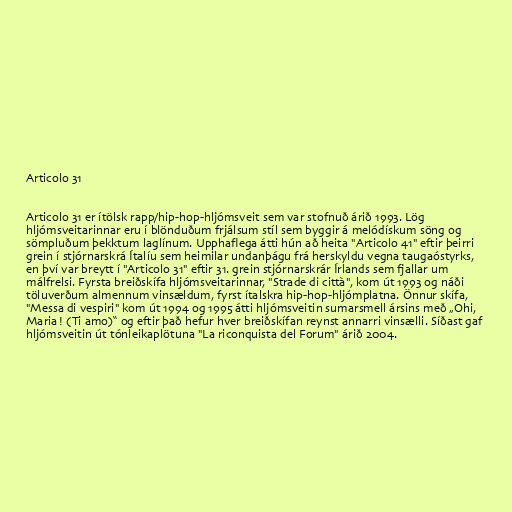
Articolo 31

Articolo 31 er ítölsk rapp/hip-hop-hljómsveit sem var stofnuð árið 1993. Lög
hljómsveitarinnar eru í blönduðum frjálsum stíl sem byggir á melódískum söng og
sömpluðum þekktum laglínum. Upphaflega átti hún að heita "Articolo 41" eftir þeirri
grein í stjórnarskrá Ítalíu sem heimilar undanþágu frá herskyldu vegna taugaóstyrks,
en því var breytt í "Articolo 31" eftir 31. grein stjórnarskrár Írlands sem fjallar um
málfrelsi. Fyrsta breiðskífa hljómsveitarinnar, "Strade di città", kom út 1993 og náði
töluverðum almennum vinsældum, fyrst ítalskra hip-hop-hljómplatna. Önnur skífa,
"Messa di vespiri" kom út 1994 og 1995 átti hljómsveitin sumarsmell ársins með „Ohi,
Maria! (Ti amo)“ og eftir það hefur hver breiðskífan reynst annarri vinsælli. Síðast gaf
hljómsveitin út tónleikaplötuna "La riconquista del Forum" árið 2004.